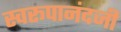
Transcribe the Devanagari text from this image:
स्वरूपानंदजी